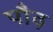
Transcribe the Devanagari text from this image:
पौढ़